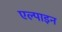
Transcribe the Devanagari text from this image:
एल्‍पाइन